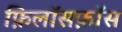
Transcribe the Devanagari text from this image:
फ़िलॉसफ़ॉस